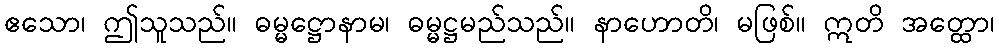
ဧသော၊ ဤသူသည်။ ဓမ္မဋ္ဌောနာမ၊ ဓမ္မဋ္ဌမည်သည်။ နာဟောတိ၊ မဖြစ်။ ဣတိ အတ္ထော၊